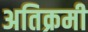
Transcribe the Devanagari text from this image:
अतिक्रमी